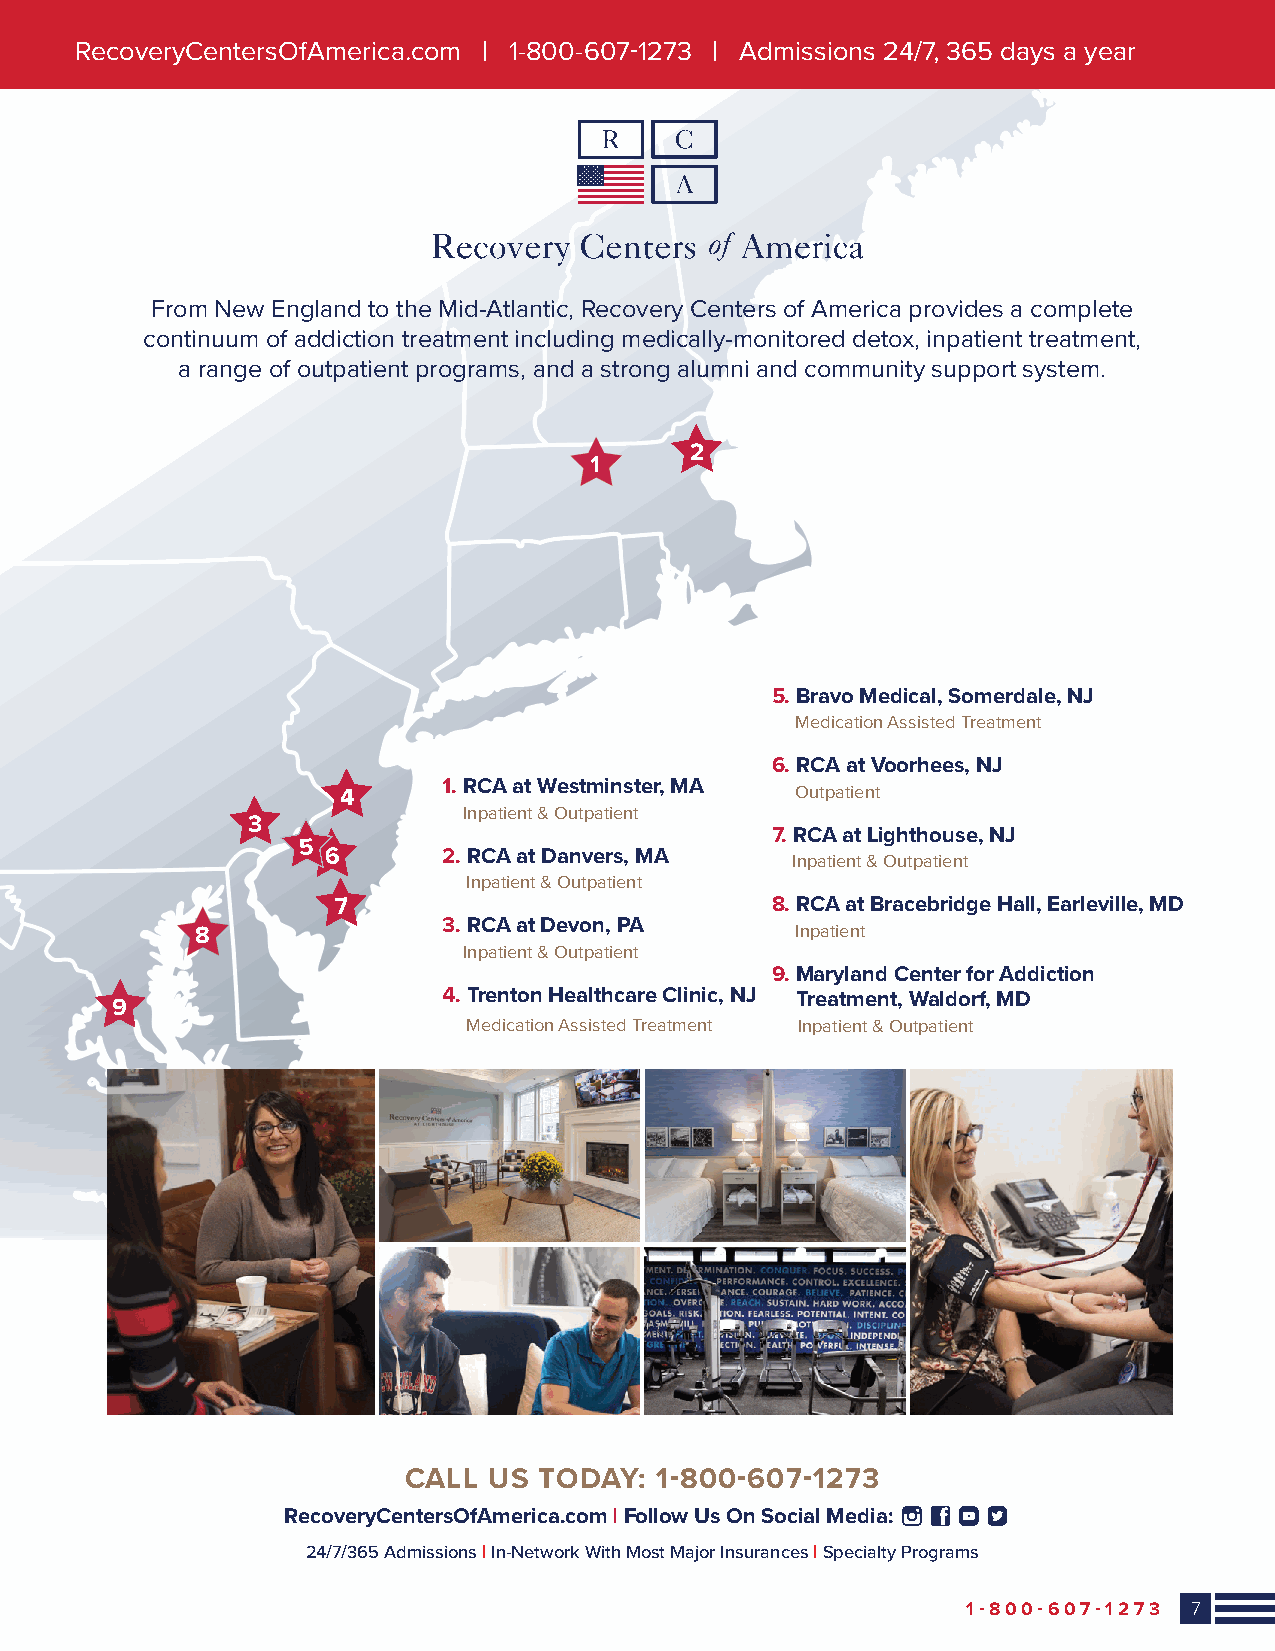
RecoveryCentersOfAmerica.com | 1-800-607-1273 | Admissions 24/7, 365 days a year
 From New England to the Mid-Atlantic, Recovery Centers of America provides a complete
 continuum of addiction treatment including medically-monitored detox, inpatient treatment,
 a range of outpatient programs, and a strong alumni and community support system.
 2
 1
 5. Bravo Medical, Somerdale, NJ
 Medication Assisted Treatment
 6. RCA at Voorhees, NJ
 4     1. RCA at Westminster, MA Outpatient
 Inpatient & Outpatient
 3
 7. RCA at Lighthouse, NJ
 5
 6      2. RCA at Danvers, MA  Inpatient & Outpatient
 Inpatient & Outpatient
 7                            8. RCA at Bracebridge Hall, Earleville, MD
 8               3. RCA at Devon, PA     Inpatient
 Inpatient & Outpatient
 9. Maryland Center for Addiction
 4. Trenton Healthcare Clinic, NJ Treatment, Waldorf, MD
 9
 Medication Assisted Treatment Inpatient & Outpatient
 CALL US  TODAY: 1-800-607-1273
 RecoveryCentersOfAmerica.com | Follow Us On Social Media:
 24/7/365 Admissions | In-Network With Most Major Insurances | Specialty Programs
 1-800-607-1273 7